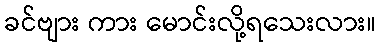
ခင်ဗျား ကား မောင်းလို့ရသေးလား။